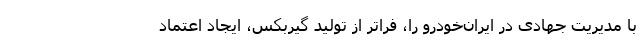
با مدیریت جهادی در ایران‌خودرو را، فراتر از تولید گیربکس، ایجاد اعتماد